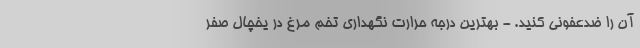
آن را ضدعفونی کنید. - بهترین درجه حرارت نگهداری تخم مرغ در یخچال صفر